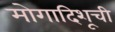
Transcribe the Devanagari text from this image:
मोगादिशूची